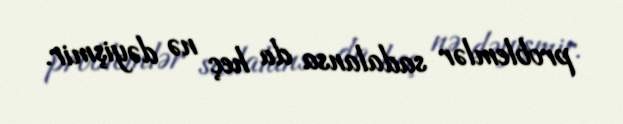
problemlər sadalansa da heç nə dəyişmir.